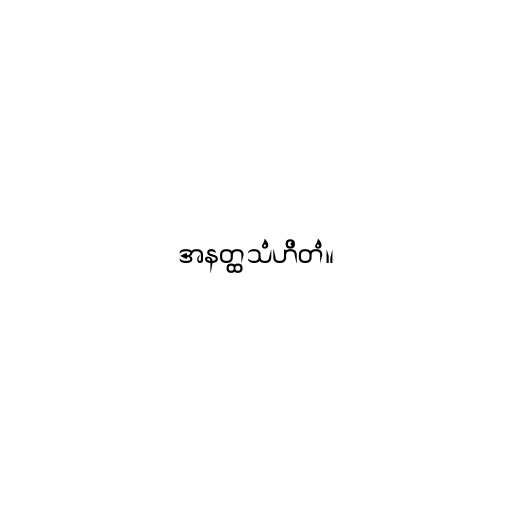
အနတ္ထသံဟိတံ။